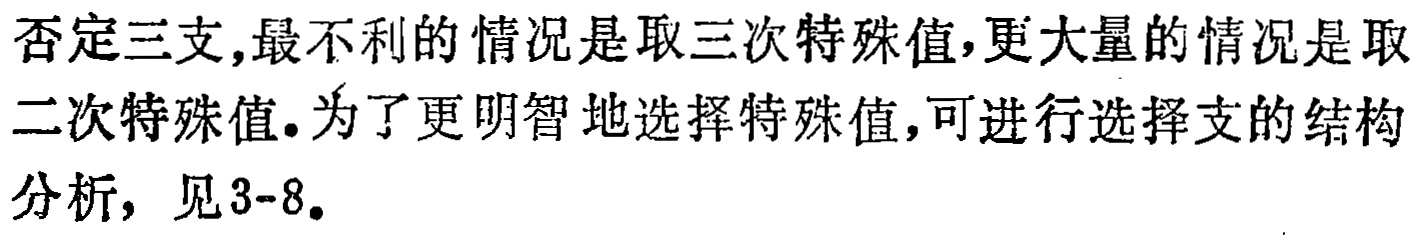
否定三支,最不利的情况是取三次特殊值,更大量的情况是取二次特殊值.为了更明智地选择特殊值,可进行选择支的结构分析，见3-8.